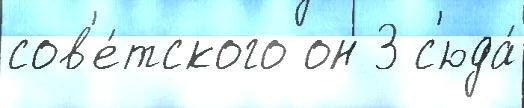
сов'е́тского он 3 с'юда́